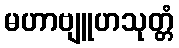
မဟာဗျူဟသုတ္တံ